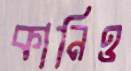
কানিও